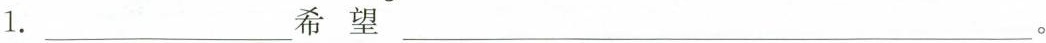
1.___希望 ___。